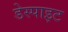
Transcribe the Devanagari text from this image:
डेस्पाइट